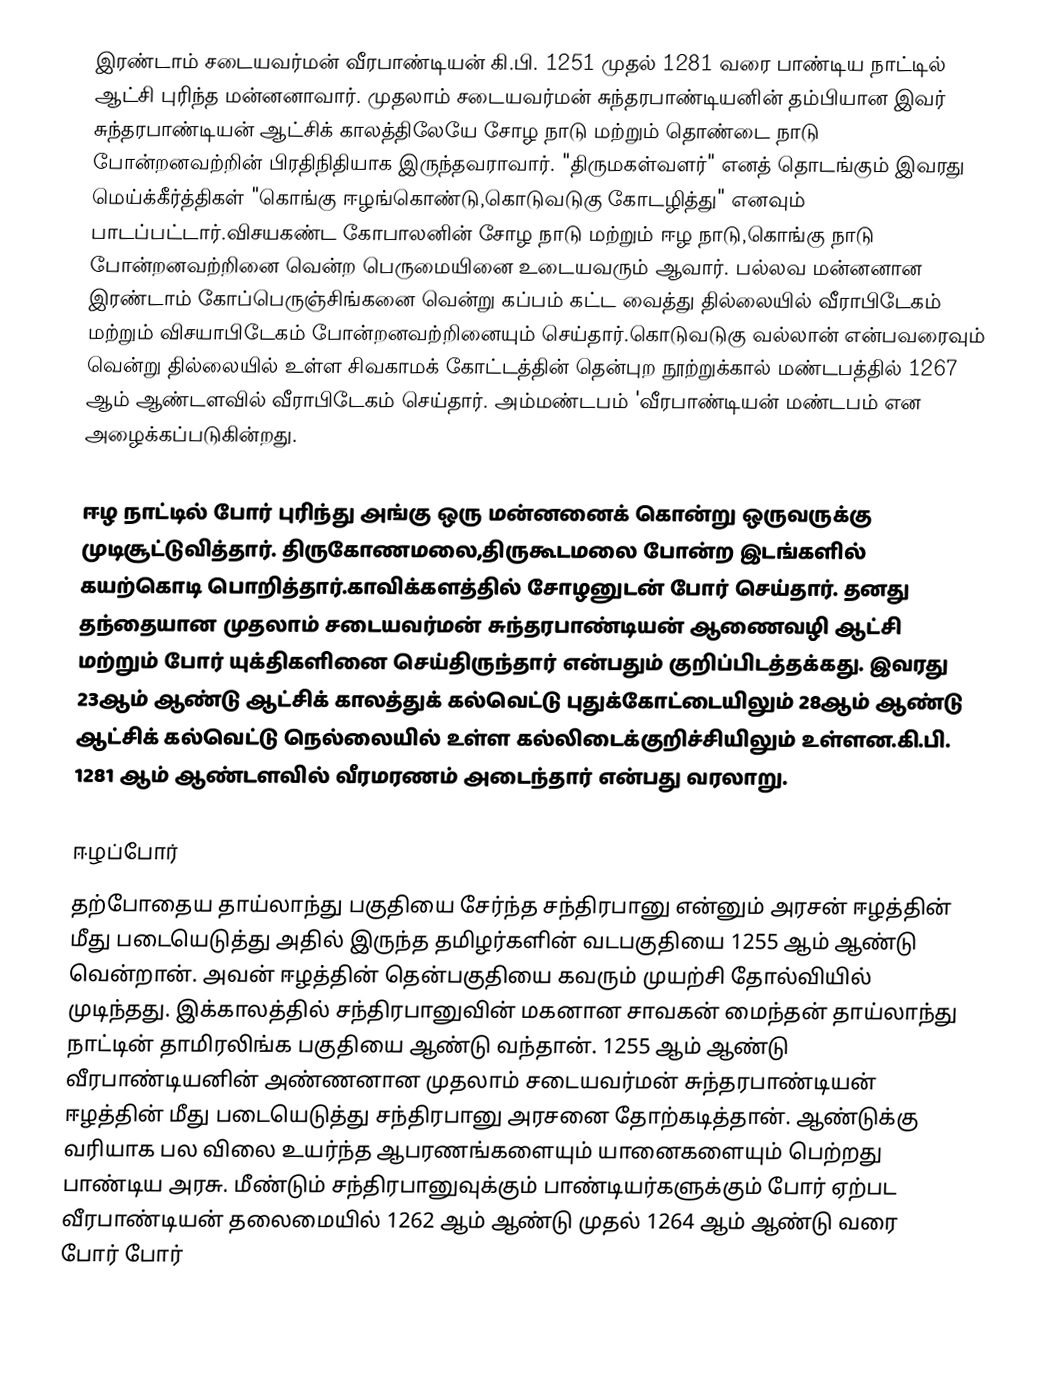
இரண்டாம் சடையவர்மன் வீரபாண்டியன் கி.பி. 1251 முதல் 1281 வரை பாண்டிய நாட்டில் ஆட்சி புரிந்த மன்னனாவார். முதலாம் சடையவர்மன் சுந்தரபாண்டியனின் தம்பியான இவர் சுந்தரபாண்டியன் ஆட்சிக் காலத்திலேயே சோழ நாடு மற்றும் தொண்டை நாடு போன்றனவற்றின் பிரதிநிதியாக இருந்தவராவார். "திருமகள்வளர்" எனத் தொடங்கும் இவரது மெய்க்கீர்த்திகள் "கொங்கு ஈழங்கொண்டு,கொடுவடுகு கோடழித்து" எனவும் பாடப்பட்டார்.விசயகண்ட கோபாலனின் சோழ நாடு மற்றும் ஈழ நாடு,கொங்கு நாடு போன்றனவற்றினை வென்ற பெருமையினை உடையவரும் ஆவார். பல்லவ மன்னனான இரண்டாம் கோப்பெருஞ்சிங்கனை வென்று கப்பம் கட்ட வைத்து தில்லையில் வீராபிடேகம் மற்றும் விசயாபிடேகம் போன்றனவற்றினையும் செய்தார்.கொடுவடுகு வல்லான் என்பவரைவும் வென்று தில்லையில் உள்ள சிவகாமக் கோட்டத்தின் தென்புற நூற்றுக்கால் மண்டபத்தில் 1267 ஆம் ஆண்டளவில் வீராபிடேகம் செய்தார். அம்மண்டபம் 'வீரபாண்டியன் மண்டபம் என அழைக்கப்படுகின்றது.

ஈழ நாட்டில் போர் புரிந்து அங்கு ஒரு மன்னனைக் கொன்று ஒருவருக்கு முடிசூட்டுவித்தார். திருகோணமலை,திருகூடமலை போன்ற இடங்களில் கயற்கொடி பொறித்தார்.காவிக்களத்தில் சோழனுடன் போர் செய்தார். தனது தந்தையான முதலாம் சடையவர்மன் சுந்தரபாண்டியன் ஆணைவழி ஆட்சி மற்றும் போர் யுக்திகளினை செய்திருந்தார் என்பதும் குறிப்பிடத்தக்கது. இவரது 23ஆம் ஆண்டு ஆட்சிக் காலத்துக் கல்வெட்டு புதுக்கோட்டையிலும் 28ஆம் ஆண்டு ஆட்சிக் கல்வெட்டு நெல்லையில் உள்ள கல்லிடைக்குறிச்சியிலும் உள்ளன.கி.பி. 1281 ஆம் ஆண்டளவில் வீரமரணம் அடைந்தார் என்பது வரலாறு.

ஈழப்போர்
தற்போதைய தாய்லாந்து பகுதியை சேர்ந்த சந்திரபானு என்னும் அரசன் ஈழத்தின் மீது படையெடுத்து அதில் இருந்த தமிழர்களின் வடபகுதியை 1255 ஆம் ஆண்டு வென்றான்.  அவன் ஈழத்தின் தென்பகுதியை கவரும் முயற்சி தோல்வியில் முடிந்தது. இக்காலத்தில் சந்திரபானுவின் மகனான சாவகன் மைந்தன் தாய்லாந்து நாட்டின் தாமிரலிங்க பகுதியை ஆண்டு வந்தான். 1255 ஆம் ஆண்டு வீரபாண்டியனின் அண்ணனான முதலாம் சடையவர்மன் சுந்தரபாண்டியன் ஈழத்தின் மீது படையெடுத்து சந்திரபானு அரசனை தோற்கடித்தான். ஆண்டுக்கு வரியாக பல விலை உயர்ந்த ஆபரணங்களையும் யானைகளையும் பெற்றது பாண்டிய அரசு. மீண்டும் சந்திரபானுவுக்கும் பாண்டியர்களுக்கும் போர் ஏற்பட வீரபாண்டியன் தலைமையில் 1262 ஆம் ஆண்டு முதல் 1264 ஆம் ஆண்டு வரை போர் போர்